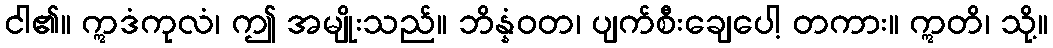
ငါ၏။ ဣဒံကုလံ၊ ဤ အမျိုးသည်။ ဘိန္နံဝတ၊ ပျက်စီးချေပေါ့ တကား။ ဣတိ၊ သို့။